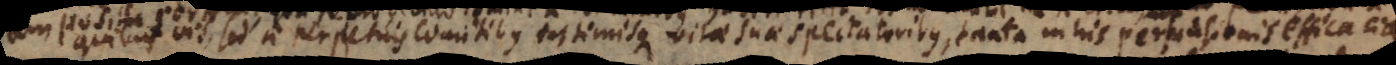
quibusvis, sed a perpetuis comitibus intimisque vitae suae spectatoribus, tanta in his persuasionis efficacia